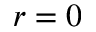
r = 0